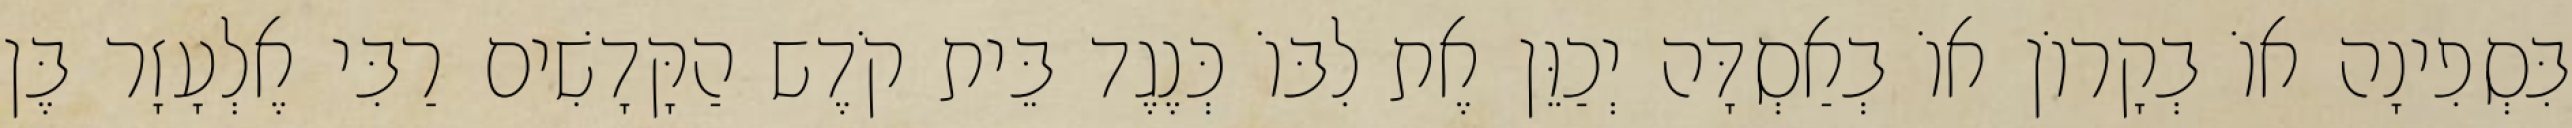
בִּסְפִינָה אוֹ בְקָרוֹן אוֹ בְאַסְדָּה יְכַוֵּן אֶת לִבּוֹ כְּנֶגֶד בֵּית קֹדֶש הַקָּדָשִׁים רַבִּי אֶלְעָזָר בֶּן